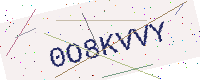
Text: 0O8KVVY